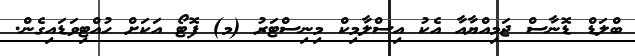
ބްލަޑް ޑޮނާސް ޖަމިއްޔާއާ އެކު އިސްލާމިކް މިނިސްޓަރު (މ) ފޮޓޯ އަކަށް ހުއްޓިވަޑައިގެން.